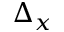
\Delta _ { x }